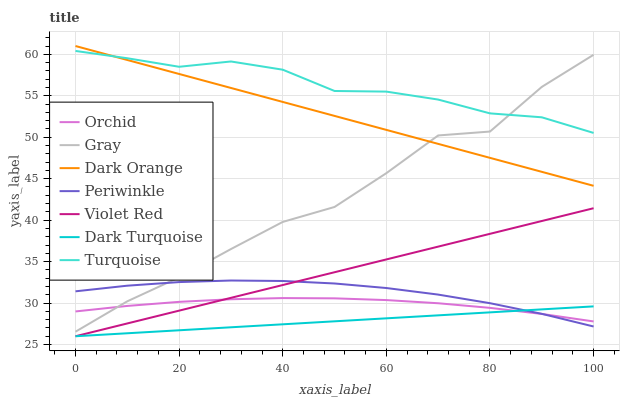
| xaxis_label | Orchid | Gray | Dark Orange | Periwinkle | Violet Red | Dark Turquoise | Turquoise |
 | --- | --- | --- | --- | --- | --- | --- | --- |
 | 0 | 29 | 26.5 | 61 | 31.4 | 26 | 26 | 60.4 |
 | 10 | 29.7 | 30.2 | 59.3 | 32.1 | 27.5 | 26.4 | 59.5 |
 | 20 | 30.1 | 33.1 | 57.6 | 32.5 | 29.1 | 26.7 | 58.5 |
 | 30 | 30.5 | 36.5 | 55.9 | 32.7 | 30.6 | 27.1 | 59.1 |
 | 40 | 30.6 | 39.8 | 54.3 | 32.7 | 32.2 | 27.4 | 58.1 |
 | 50 | 30.6 | 41.6 | 52.6 | 32.4 | 33.7 | 27.8 | 55.6 |
 | 60 | 30.4 | 45.7 | 50.9 | 31.8 | 35.3 | 28.2 | 55.5 |
 | 70 | 30 | 50.2 | 49.2 | 31 | 36.8 | 28.5 | 54.5 |
 | 80 | 29.4 | 50.7 | 47.5 | 30 | 38.4 | 28.9 | 52.9 |
 | 90 | 28.7 | 56.1 | 45.8 | 28.7 | 39.9 | 29.2 | 52.4 |
 | 100 | 27.8 | 59.9 | 44.1 | 27.2 | 41.4 | 29.6 | 50.5 |